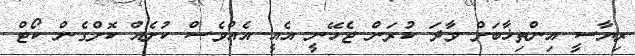
ރިޔާސީ އިންތިޚާބަށް ވާދަ ކުރަން ޖެހޭނީ އެއީ އެއްވެސް ކުށެއް ކޮށްގެން ކޯޓް